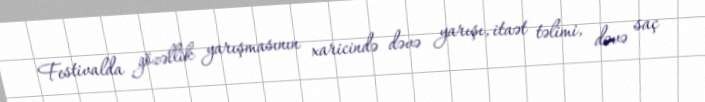
Festivalda gözəllik yarışmasının xaricində dəvə yarışı, itaət təlimi, dəvə saç